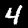
Label: 4